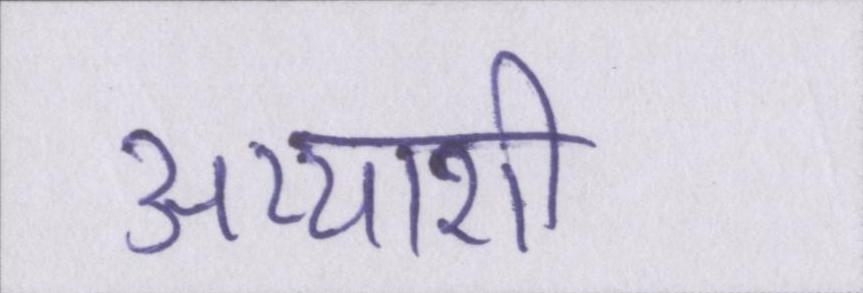
अय्याशी